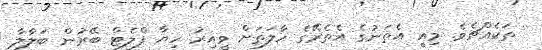
ތަކެއްޗެވެ. މިއީ އެތަނުގެ އެތެރޭގެ ހާލަތަށް ވީއިރު ހިޔާ ފްލެޓް ބޭރުން ބަލާލާ